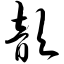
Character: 歆